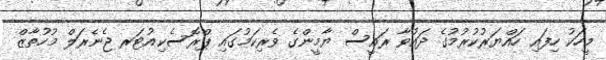
މީހަކު ހިފައި ހައްޔަރުކުރުމުގެ ދައުވާ ރައީސް ޔާމީންގެ ވެރިކަމުގައި ޕްރޮސެކިއުޓަރ ޖެނެރަލް މުހުތާޒް